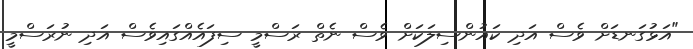
"އަޅުގަނޑަށް ވެސް އަދި ކައުންސިލަކަށް ވެސް ނެތް ރަސްމީ ސިފައެއްގައިވެސް އަދި ނުރަސްމީ